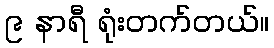
၉ နာရီ ရုံးတက်တယ်။